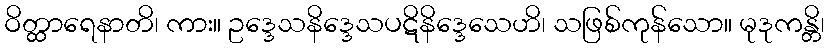
ဝိတ္ထာရေနာတိ၊ ကား။ ဥဒ္ဒေသနိဒ္ဒေသပဋိနိဒ္ဒေသေဟိ၊ သဖြစ်ကုန်သော။ မုဒုကန္တိ၊